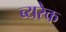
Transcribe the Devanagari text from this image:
ब्यरेक